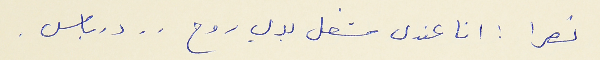
نصرا : انا عندى شغل بدي روح . . درباس .